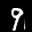
Label: 9